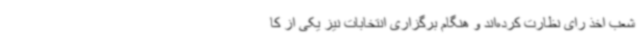
شعب اخذ رای نظارت کرده‌اند و هنگام برگزاری انتخابات نیز یکی از کا